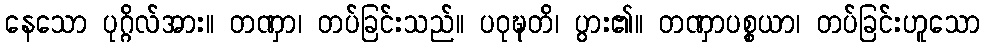
နေသော ပုဂ္ဂိလ်အား။ တဏှာ၊ တပ်ခြင်းသည်။ ပဝုဍ္ဎတိ၊ ပွား၏။ တဏှာပစ္စယာ၊ တပ်ခြင်းဟူသော